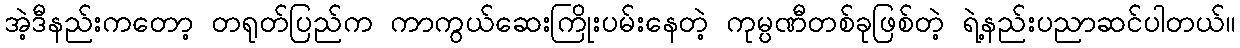
အဲ့ဒီနည်းကတော့ တရုတ်ပြည်က ကာကွယ်ဆေးကြိုးပမ်းနေတဲ့ ကုမ္ပဏီတစ်ခုဖြစ်တဲ့ ရဲ့နည်းပညာဆင်ပါတယ်။